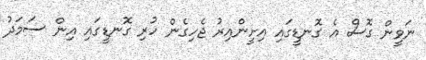
ނަވީން ގޮސް އެ ގޮނޑީގައި އިށީންއިރު ޖެހިގެން ހުރި ގޮނޑީގައި އިން ސަމަދު